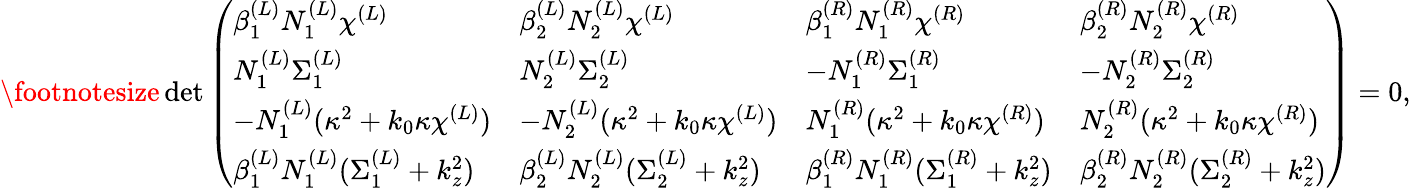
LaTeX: \footnotesize\operatorname*{det}\left(\begin{array}{llll}{\beta_{1}^{(L)}N_{1}^{(L)}\chi^{(L)}}&{\beta_{2}^{(L)}N_{2}^{(L)}\chi^{(L)}}&{\beta_{1}^{(R)}N_{1}^{(R)}\chi^{(R)}}&{\beta_{2}^{(R)}N_{2}^{(R)}\chi^{(R)}}\\ {N_{1}^{(L)}\Sigma_{1}^{(L)}}&{N_{2}^{(L)}\Sigma_{2}^{(L)}}&{-N_{1}^{(R)}\Sigma_{1}^{(R)}}&{-N_{2}^{(R)}\Sigma_{2}^{(R)}}\\ {-N_{1}^{(L)}(\kappa^{2}+k_{0}\kappa\chi^{(L)})}&{-N_{2}^{(L)}(\kappa^{2}+k_{0}\kappa\chi^{(L)})}&{N_{1}^{(R)}(\kappa^{2}+k_{0}\kappa\chi^{(R)})}&{N_{2}^{(R)}(\kappa^{2}+k_{0}\kappa\chi^{(R)})}\\ {\beta_{1}^{(L)}N_{1}^{(L)}(\Sigma_{1}^{(L)}+k_{z}^{2})}&{\beta_{2}^{(L)}N_{2}^{(L)}(\Sigma_{2}^{(L)}+k_{z}^{2})}&{\beta_{1}^{(R)}N_{1}^{(R)}(\Sigma_{1}^{(R)}+k_{z}^{2})}&{\beta_{2}^{(R)}N_{2}^{(R)}(\Sigma_{2}^{(R)}+k_{z}^{2})}\end{array}\right)=0,